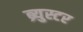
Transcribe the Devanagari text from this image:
ब्र्युस्टर